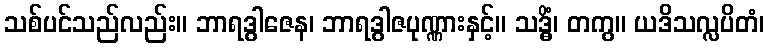
သစ်ပင်သည်လည်း။ ဘာရဒွါဇေန၊ ဘာရဒွါဇပုဏ္ဏားနှင့်။ သဒ္ဓိံ၊ တကွ။ ယဒိသလ္လပိတံ၊